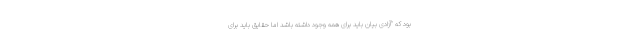
بود که "آزادی بیان باید برای همه وجود داشته باشد اما حقایق باید برای